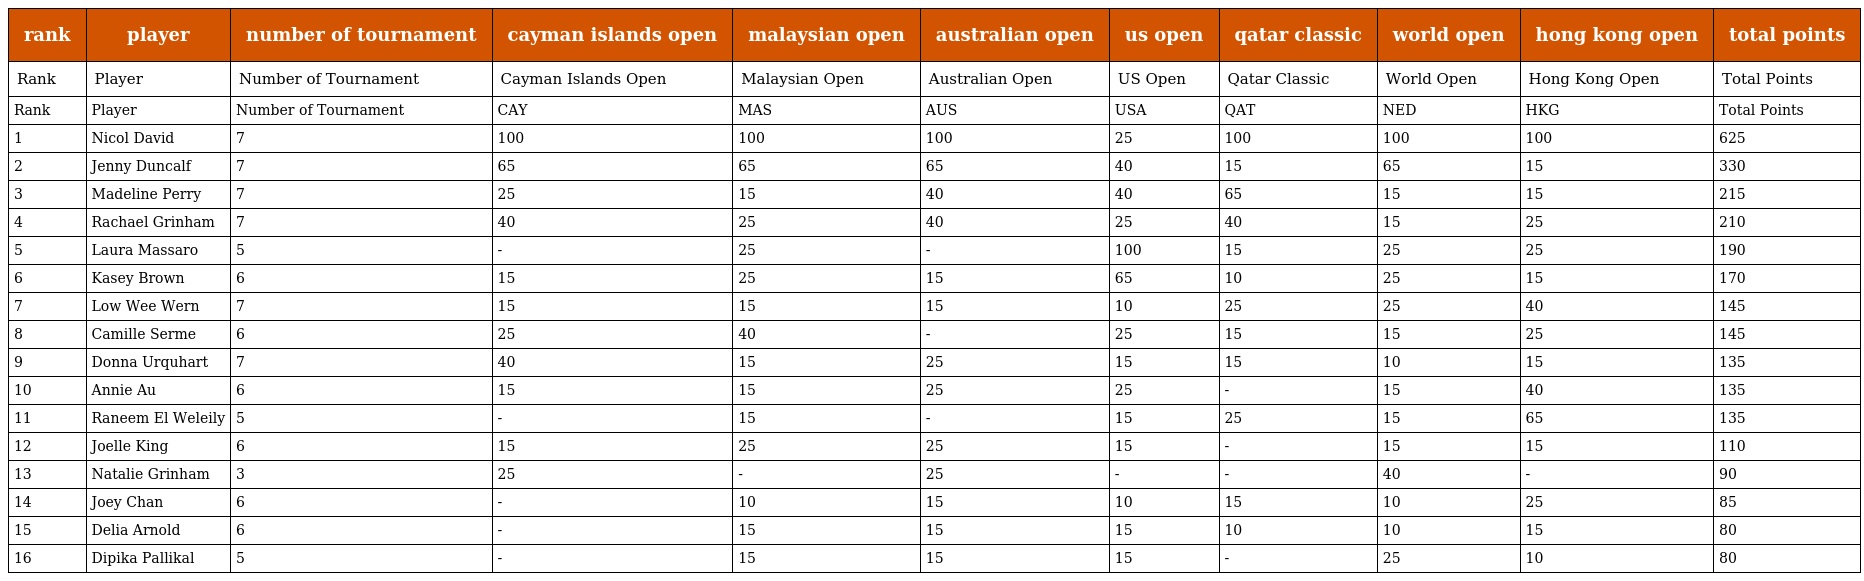
| rank | player | number of tournament | cayman islands open | malaysian open | australian open | us open | qatar classic | world open | hong kong open | total points |
 | --- | --- | --- | --- | --- | --- | --- | --- | --- | --- | --- |
 | Rank | Player | Number of Tournament | Cayman Islands Open | Malaysian Open | Australian Open | US Open | Qatar Classic | World Open | Hong Kong Open | Total Points |
 | Rank | Player | Number of Tournament | CAY | MAS | AUS | USA | QAT | NED | HKG | Total Points |
 | 1 | Nicol David | 7 | 100 | 100 | 100 | 25 | 100 | 100 | 100 | 625 |
 | 2 | Jenny Duncalf | 7 | 65 | 65 | 65 | 40 | 15 | 65 | 15 | 330 |
 | 3 | Madeline Perry | 7 | 25 | 15 | 40 | 40 | 65 | 15 | 15 | 215 |
 | 4 | Rachael Grinham | 7 | 40 | 25 | 40 | 25 | 40 | 15 | 25 | 210 |
 | 5 | Laura Massaro | 5 | - | 25 | - | 100 | 15 | 25 | 25 | 190 |
 | 6 | Kasey Brown | 6 | 15 | 25 | 15 | 65 | 10 | 25 | 15 | 170 |
 | 7 | Low Wee Wern | 7 | 15 | 15 | 15 | 10 | 25 | 25 | 40 | 145 |
 | 8 | Camille Serme | 6 | 25 | 40 | - | 25 | 15 | 15 | 25 | 145 |
 | 9 | Donna Urquhart | 7 | 40 | 15 | 25 | 15 | 15 | 10 | 15 | 135 |
 | 10 | Annie Au | 6 | 15 | 15 | 25 | 25 | - | 15 | 40 | 135 |
 | 11 | Raneem El Weleily | 5 | - | 15 | - | 15 | 25 | 15 | 65 | 135 |
 | 12 | Joelle King | 6 | 15 | 25 | 25 | 15 | - | 15 | 15 | 110 |
 | 13 | Natalie Grinham | 3 | 25 | - | 25 | - | - | 40 | - | 90 |
 | 14 | Joey Chan | 6 | - | 10 | 15 | 10 | 15 | 10 | 25 | 85 |
 | 15 | Delia Arnold | 6 | - | 15 | 15 | 15 | 10 | 10 | 15 | 80 |
 | 16 | Dipika Pallikal | 5 | - | 15 | 15 | 15 | - | 25 | 10 | 80 |